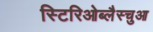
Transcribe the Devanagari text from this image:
स्टिरिओब्लैस्चुआ